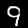
Digit: 9